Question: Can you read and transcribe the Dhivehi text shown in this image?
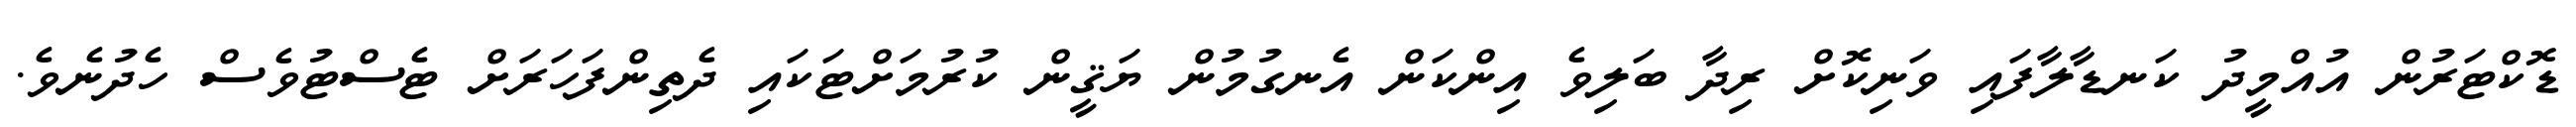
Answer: ޑޮކްޓަރުން އުއްމީދު ކަނޑާލާފައި ވަނިކޮށް ރިދާ ބަލިވެ އިންކަން އެނގުމުން ޔަޤީން ކުރުމަށްޓަކައި ދެތިންފަހަރަށް ޓެސްޓުވެސް ހެދުނެވެ.